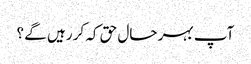
آپ بہر حال حق کہ کر رہیں گے ؟